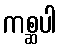
ကစ္ဆပါ